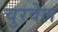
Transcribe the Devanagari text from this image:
चुरवेल